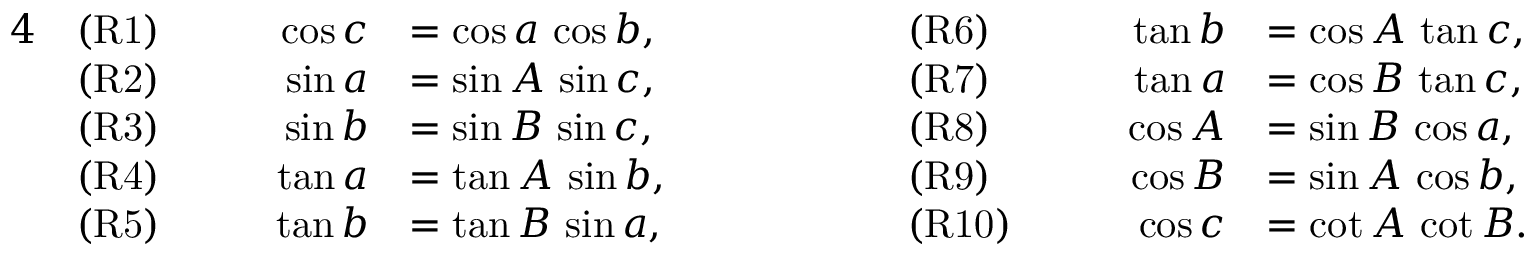
{ \begin{array} { r l r l r l r l } { { 4 } } & { { \mathrm { ( R 1 ) } } } & { \qquad \cos c } & { = \cos a \, \cos b , } & { \qquad \qquad } & { { \mathrm { ( R 6 ) } } } & { \qquad \tan b } & { = \cos A \, \tan c , } \\ & { { \mathrm { ( R 2 ) } } } & { \sin a } & { = \sin A \, \sin c , } & & { { \mathrm { ( R 7 ) } } } & { \tan a } & { = \cos B \, \tan c , } \\ & { { \mathrm { ( R 3 ) } } } & { \sin b } & { = \sin B \, \sin c , } & & { { \mathrm { ( R 8 ) } } } & { \cos A } & { = \sin B \, \cos a , } \\ & { { \mathrm { ( R 4 ) } } } & { \tan a } & { = \tan A \, \sin b , } & & { { \mathrm { ( R 9 ) } } } & { \cos B } & { = \sin A \, \cos b , } \\ & { { \mathrm { ( R 5 ) } } } & { \tan b } & { = \tan B \, \sin a , } & & { { \mathrm { ( R 1 0 ) } } } & { \cos c } & { = \cot A \, \cot B . } \end{array} }